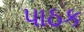
પાઠક